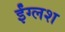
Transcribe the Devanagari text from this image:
ईंग्लश